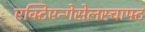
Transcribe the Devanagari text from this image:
एक्टिएन्गेसेलस्चाफ्ट